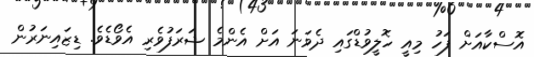
އޮސްކާއަށް ފަހު މިއީ ހޮލީވުޑްގައި ދެވަނަ އަށް އެންމެ ޝަރަފުވެރި އެވޯޑެވެ. ޑިޒައިނަރުން